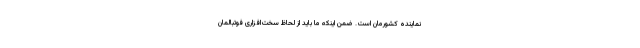
نماینده کشورمان است. ضمن اینکه ما باید از لحاظ سخت‌افزاری فوتبالمان